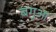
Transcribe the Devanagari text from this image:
बगुआ